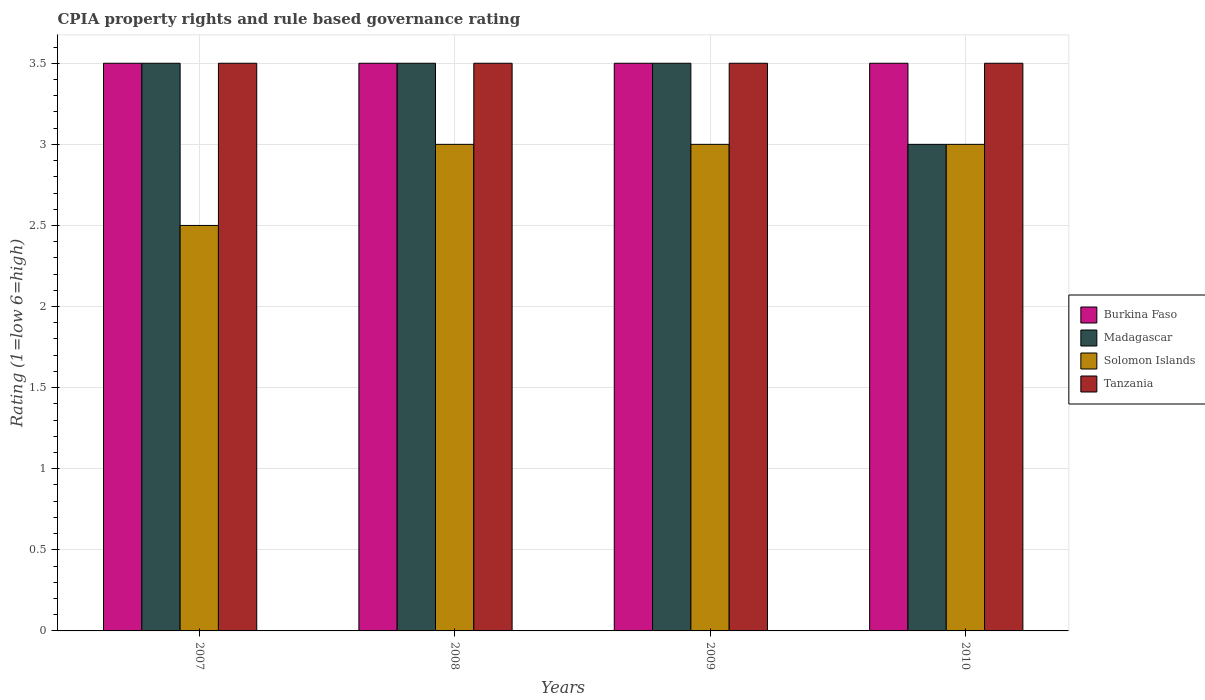
| Years | Burkina Faso | Madagascar | Solomon Islands | Tanzania |
 | --- | --- | --- | --- | --- |
 | 2007 | 3.5 | 3.5 | 2.5 | 3.5 |
 | 2008 | 3.5 | 3.5 | 3 | 3.5 |
 | 2009 | 3.5 | 3.5 | 3 | 3.5 |
 | 2010 | 3.5 | 3 | 3 | 3.5 |